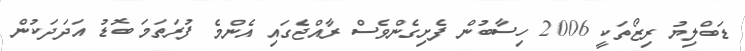
ޑަބްލިޔު ރިޒޯތަކީ 2006 ހިސާބުން ފެށިގެންވެސް ރާއްޖެގައި އެންމެ ފުރަތަމަ ބޮޑު އަދަދަކުން